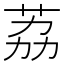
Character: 荔